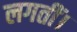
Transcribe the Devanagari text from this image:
लगतीं।